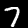
Label: 7